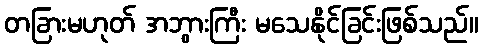
တခြားမဟုတ် အဘွားကြီး မသေနိုင်ခြင်းဖြစ်သည်။